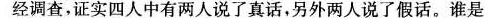
经调查，证实四人中有两人说了真话，另外两人说了假话。谁是